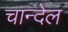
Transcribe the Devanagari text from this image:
चान्देल